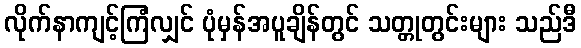
လိုက်နာကျင့်ကြံလျှင် ပုံမှန်အပူချိန်တွင် သတ္တုတွင်းများ သည်ဒီ